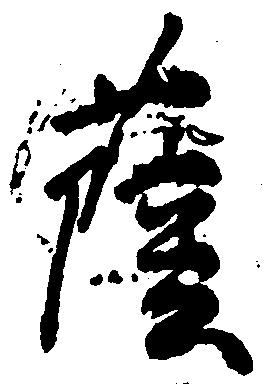
薩